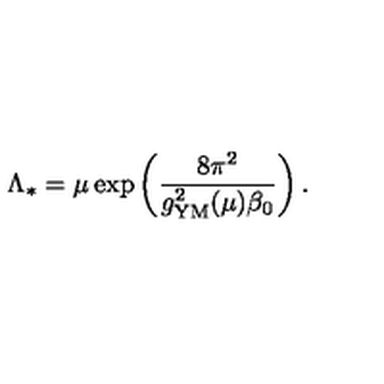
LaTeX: \Lambda _ { * } = \mu \exp \left( { \frac { 8 \pi ^ { 2 } } { g _ { \mathrm { { \small Y M } } } ^ { 2 } ( \mu ) \beta _ { 0 } } } \right) .